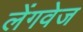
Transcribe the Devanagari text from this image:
लेंगवेज